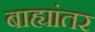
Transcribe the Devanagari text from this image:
बाह्यांतर